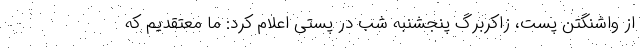
از واشنگتن پست، زاکربرگ پنجشنبه شب در پستی اعلام کرد: ما معتقدیم که